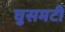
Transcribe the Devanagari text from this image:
घुसमटी